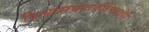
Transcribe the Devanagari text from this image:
विश्वासघातकीमित्रद्रोही